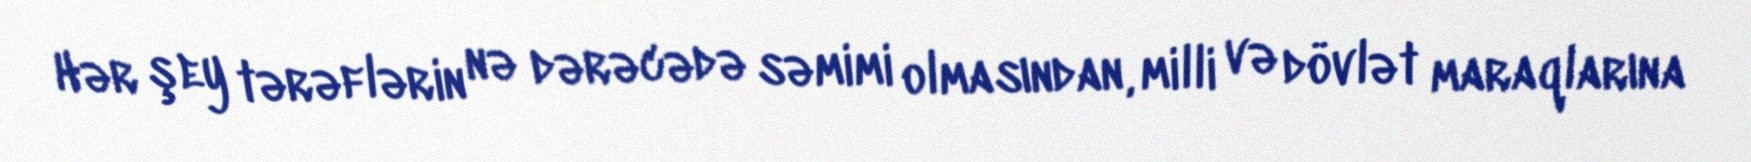
Hər şey tərəflərin nə dərəcədə səmimi olmasından, milli və dövlət maraqlarına